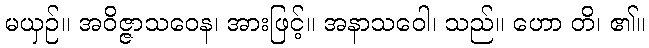
မယှဉ်။ အဝိဇ္ဇာသဝေန၊ အားဖြင့်။ အနာသဝေါ၊ သည်။ ဟော တိ၊ ၏။